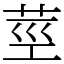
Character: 莖